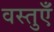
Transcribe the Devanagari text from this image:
वस्तुऍँ